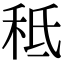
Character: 秪